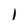
Character: 1